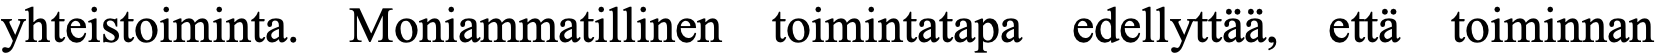
yhteistoiminta. Moniammatillinen toimintatapa edellyttää, että toiminnan